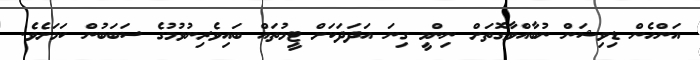
އަންހެން ޑިވިޝަން ނުބާއްވާގޮތަށް ނިންމީ ގިނަ އަދަދަކަށް ޓީމުތައް ބައިވެރިނުވުމުގެ ސަބަބުން ކަމަށެވެ.